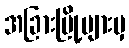
အခြားမြို့များမှ